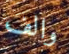
والف